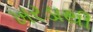
ખરડાથી